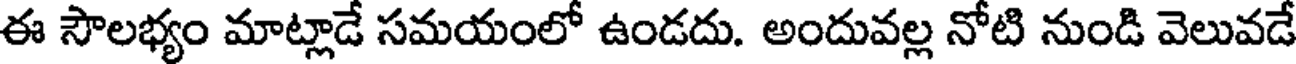
ఈ సౌలభ్యం మాట్లాడే సమయంలో ఉండదు. అందువల్ల నోటి నుండి వెలువడే